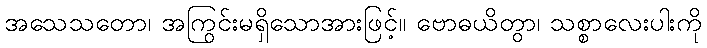
အသေသတော၊ အကြွင်းမရှိသောအားဖြင့်။ ဗောဓယိတွာ၊ သစ္စာလေးပါးကို